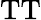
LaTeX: \mathrm{TT}